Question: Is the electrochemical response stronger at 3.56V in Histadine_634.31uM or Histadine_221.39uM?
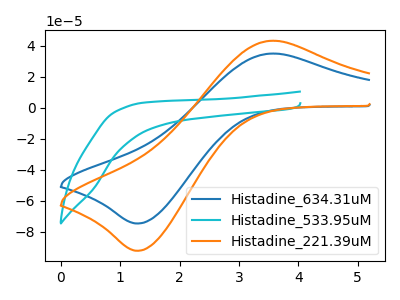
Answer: <think>The blue curve "Histadine_634.31uM" has an anodic peak at (3.55V, 35.05uA) and a cathodic peak at (1.30V, -74.65uA). The cyan curve "Histadine_533.95uM" has no peaks. The orange curve "Histadine_221.39uM" has an anodic peak at (3.55V, 43.35uA) and a cathodic peak at (1.30V, -92.25uA).</think>
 <answer>The peak at 3.56V is lower in "Histadine_634.31uM" than in "Histadine_221.39uM".</answer>
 <eval>lower</eval>